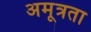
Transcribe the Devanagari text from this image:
अमूत्रता